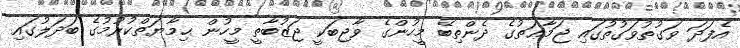
އެފަދަ ވަގުތުވަގުތުގައި ޖަމާޢަތުގެ ދެންތިބޭ މީހުންގެ ވާޖިބަކީ ޖަޒުބާތީ މީހުން ޙިމާޔަތްކުރުމުގެ ބަދަލުގައި